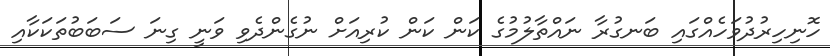
ހޮނިހިރުދުވަހެއްގައި ބަނގުރާ ނައްތާލުމުގެ ކަން ކަން ކުރިއަށް ނުގެންދެވި ވަނީ ގިނަ ސަބަބުތަކަކާއި